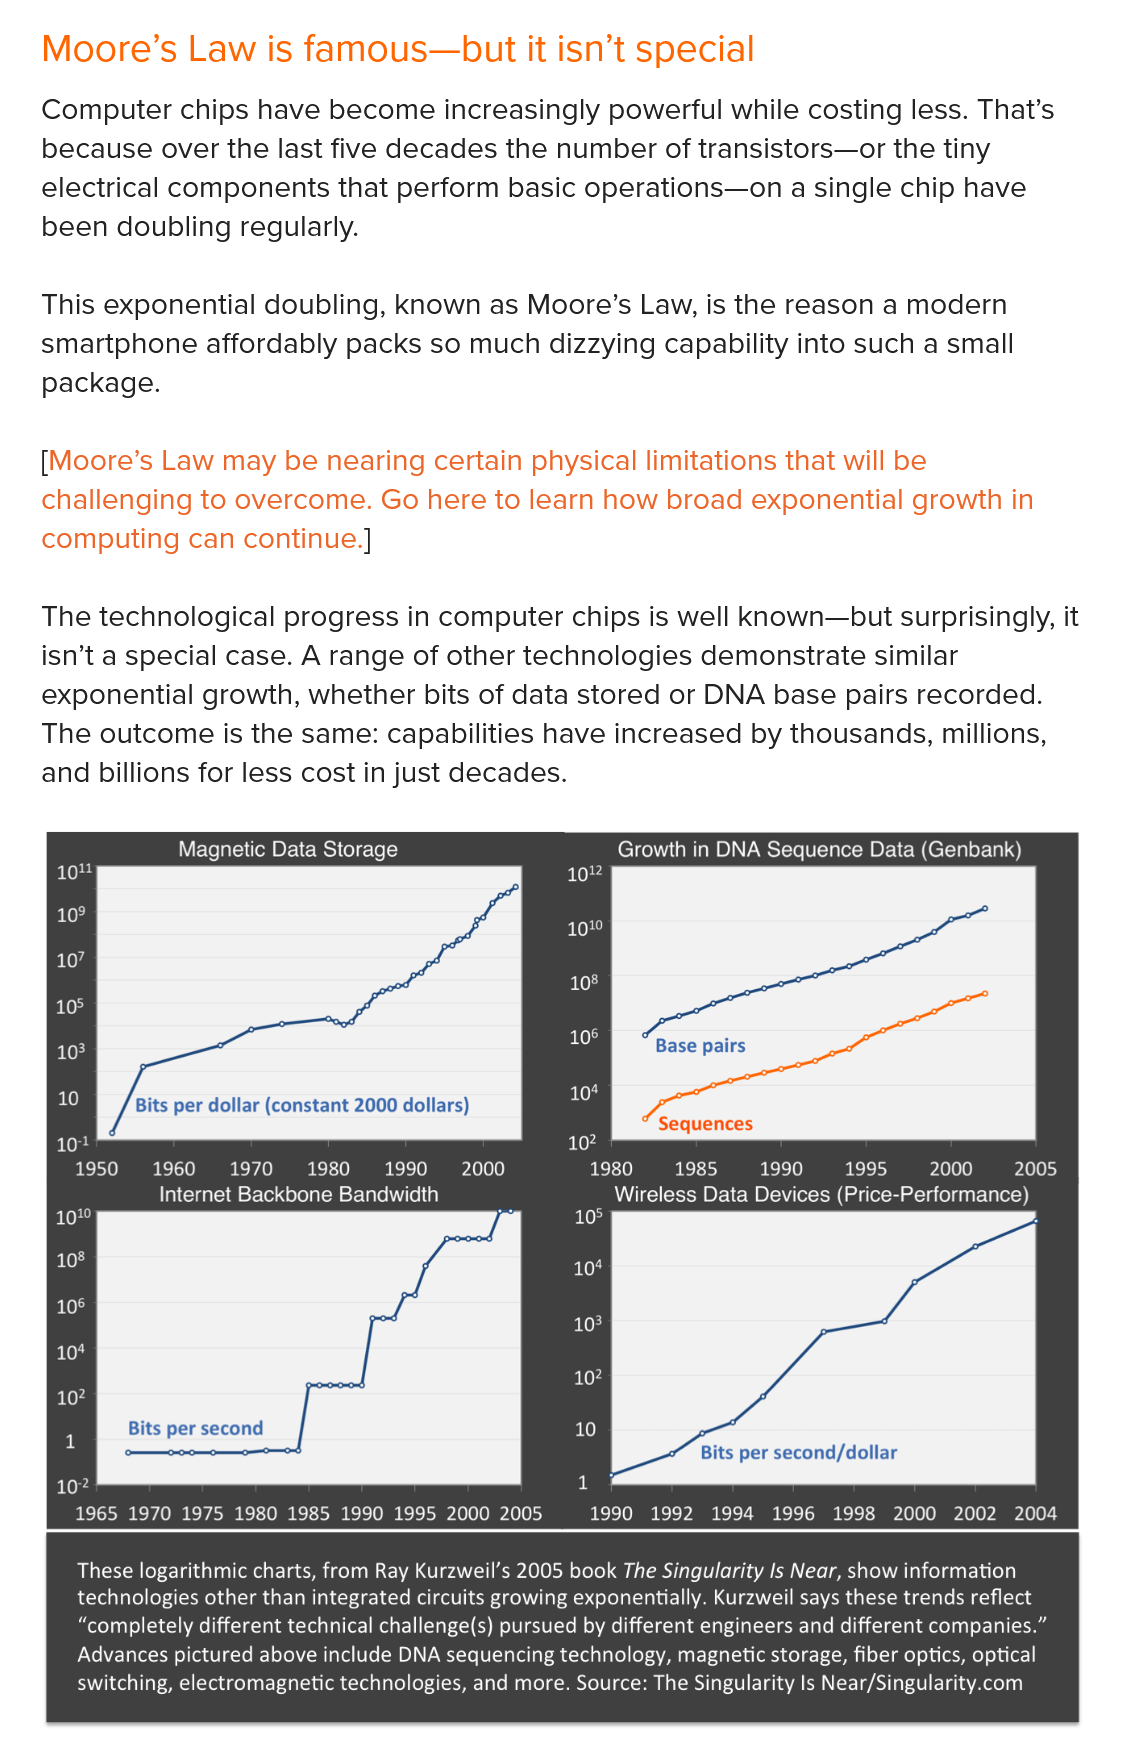
Moore’s    Law    is famous—but    it   isn’t  special
    Computer    chips    have   become  increasingly    powerful   while   costing  less.  That’s
     because over   the last    five decades    the  number   of transistors—or    the   tiny
    electrical  components    that  perform   basic   operations—on    a   single  chip  have
     been   doubling   regularly.
    This  exponential    doubling,    known    as Moore’s    Law, is  the reason    a modern
    smartphone    affordably    packs   so  much dizzying    capability   into such  a  small
     package.
    [Moore’s    Law   may  be nearing    certain   physical limitations   that will  be
    challenging    to  overcome.    Go   here  to learn  how   broad   exponential    growth    in
    computing    can  continue.]
    The   technological    progress    in computer   chips    is well known—but    surprisingly,  it
     isn’t a special  case.  A  range  of  other  technologies    demonstrate    similar
    exponential    growth,   whether  bits   of data  stored   or DNA   base pairs    recorded.
    The   outcome  is   the  same:   capabilities   have  increased    by  thousands,   millions,
    and   billions for less  cost  in just decades.
     These logarithmic charts, from Ray Kurzweil’s 2005 book The Singularity Is Near, show information
     technologies other than integrated circuits growing exponentially. Kurzweil says these trends reflect
     “completely different technical challenge(s) pursued by different engineers and different companies.”
     Advances pictured above include DNA sequencing technology, magnetic storage, fiber optics, optical
     switching, electromagnetic technologies, and more. Source: The Singularity ls Near/Singularity.com
     Magnetic Data Storage    Growth in DNA Sequence Data (Genbank)
     ah
     ate
     10    sey
     Sequences
     se    ste
     1950   1960   1970    1980   1990   2000    1980    1985    1990    whe}e)) 2000    ple)
     Internet Backbone Bandwidth    Wireless Data Devices (Price-Performance)
     1
     [~
     10°
     A
     sh
     f    sO
     ag
     10?
     nt
     ales
     rt
     a}
     102    al
     1965 1970 1975 1980 1985 1990 1995 2000 2005    1990  1992  1994 1996  1998  2000 2002  2004
     ‘Bits per dollar (constant 2000 dollars)
     i
     5,
     Base pairs
     Sequences
     Magnetic Data Storage    Growth in DNA Sequence Data (Genbank)
     Internet | Backbone Bandwidth    Wireless Data Devices (Price-Performance)
     Bits per second

     Bits per second/dollar